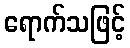
ရောက်သဖြင့်